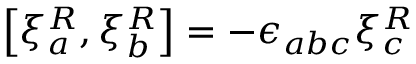
\left[ \xi _ { a } ^ { R } , \xi _ { b } ^ { R } \right] = - \epsilon _ { a b c } \xi _ { c } ^ { R }